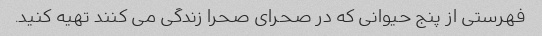
فهرستی از پنج حیوانی که در صحرای صحرا زندگی می کنند تهیه کنید.